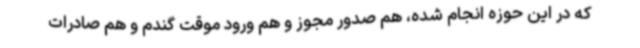
که در این حوزه انجام شده، هم صدور مجوز و هم ورود موقت گندم و هم صادرات